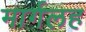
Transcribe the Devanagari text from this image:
मार्गलह